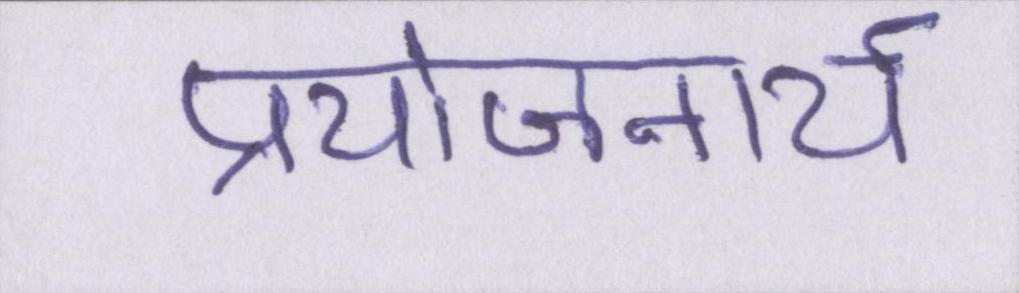
प्रयोजनार्थ